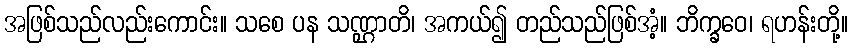
အဖြစ်သည်လည်းကောင်း။ သစေ ပန သဏ္ဌာတိ၊ အကယ်၍ တည်သည်ဖြစ်အံ့။ ဘိက္ခဝေ၊ ရဟန်းတို့။